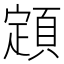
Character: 顁